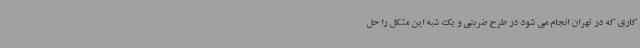
کاری که در تهران انجام می شود در طرح ضربتی و یک شبه این مشکل را حل